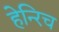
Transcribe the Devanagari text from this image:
हेन्‍रिच